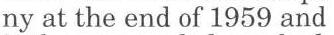
ny at the end of 1959 and